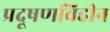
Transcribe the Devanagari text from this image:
प्रदूषणविहीन